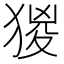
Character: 猣